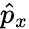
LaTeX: {\hat{p}}_{x}